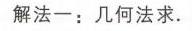
解法一：几何法求.